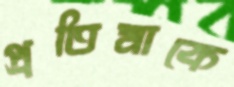
প্রতিমাকে